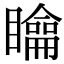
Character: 𥌉